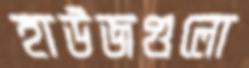
হাউজগুলো